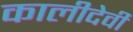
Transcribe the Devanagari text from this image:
कालीदेवी